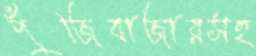
পুঁজিবাজারসহ